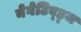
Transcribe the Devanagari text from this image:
नेगेटिव्ह्ज